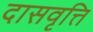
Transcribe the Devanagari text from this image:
दासवृत्ति